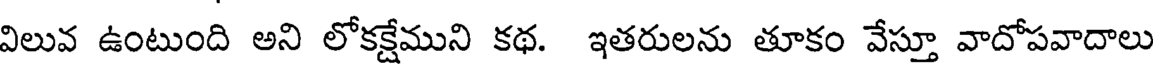
విలువ ఉంటుంది అని లోకక్షేముని కథ. ఇతరులను తూకం వేస్తూ వాదోపవాదాలు